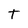
Character: t